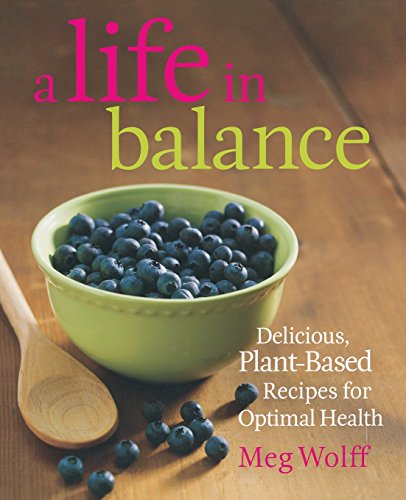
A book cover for A Life in Balance: Delicious Plant-based Recipes for Optimal Health; Meg Wolff; Cookbooks, Food & Wine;